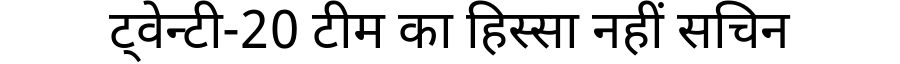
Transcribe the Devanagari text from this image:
ट्वेन्टी-20 टीम का हिस्सा नहीं सचिन